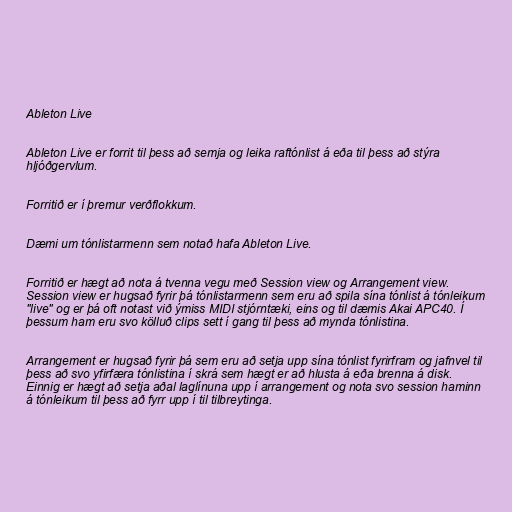
Ableton Live

Ableton Live er forrit til þess að semja og leika raftónlist á eða til þess að stýra
hljóðgervlum.

Forritið er í þremur verðflokkum.

Dæmi um tónlistarmenn sem notað hafa Ableton Live.

Forritið er hægt að nota á tvenna vegu með Session view og Arrangement view.
Session view er hugsað fyrir þá tónlistarmenn sem eru að spila sína tónlist á tónleikum
"live" og er þá oft notast við ýmiss MIDI stjórntæki, eins og til dæmis Akai APC40. Í
þessum ham eru svo kölluð clips sett í gang til þess að mynda tónlistina.

Arrangement er hugsað fyrir þá sem eru að setja upp sína tónlist fyrirfram og jafnvel til
þess að svo yfirfæra tónlistina í skrá sem hægt er að hlusta á eða brenna á disk.
Einnig er hægt að setja aðal laglínuna upp í arrangement og nota svo session haminn
á tónleikum til þess að fyrr upp í til tilbreytinga.